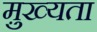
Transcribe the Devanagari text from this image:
मु़ख्यता